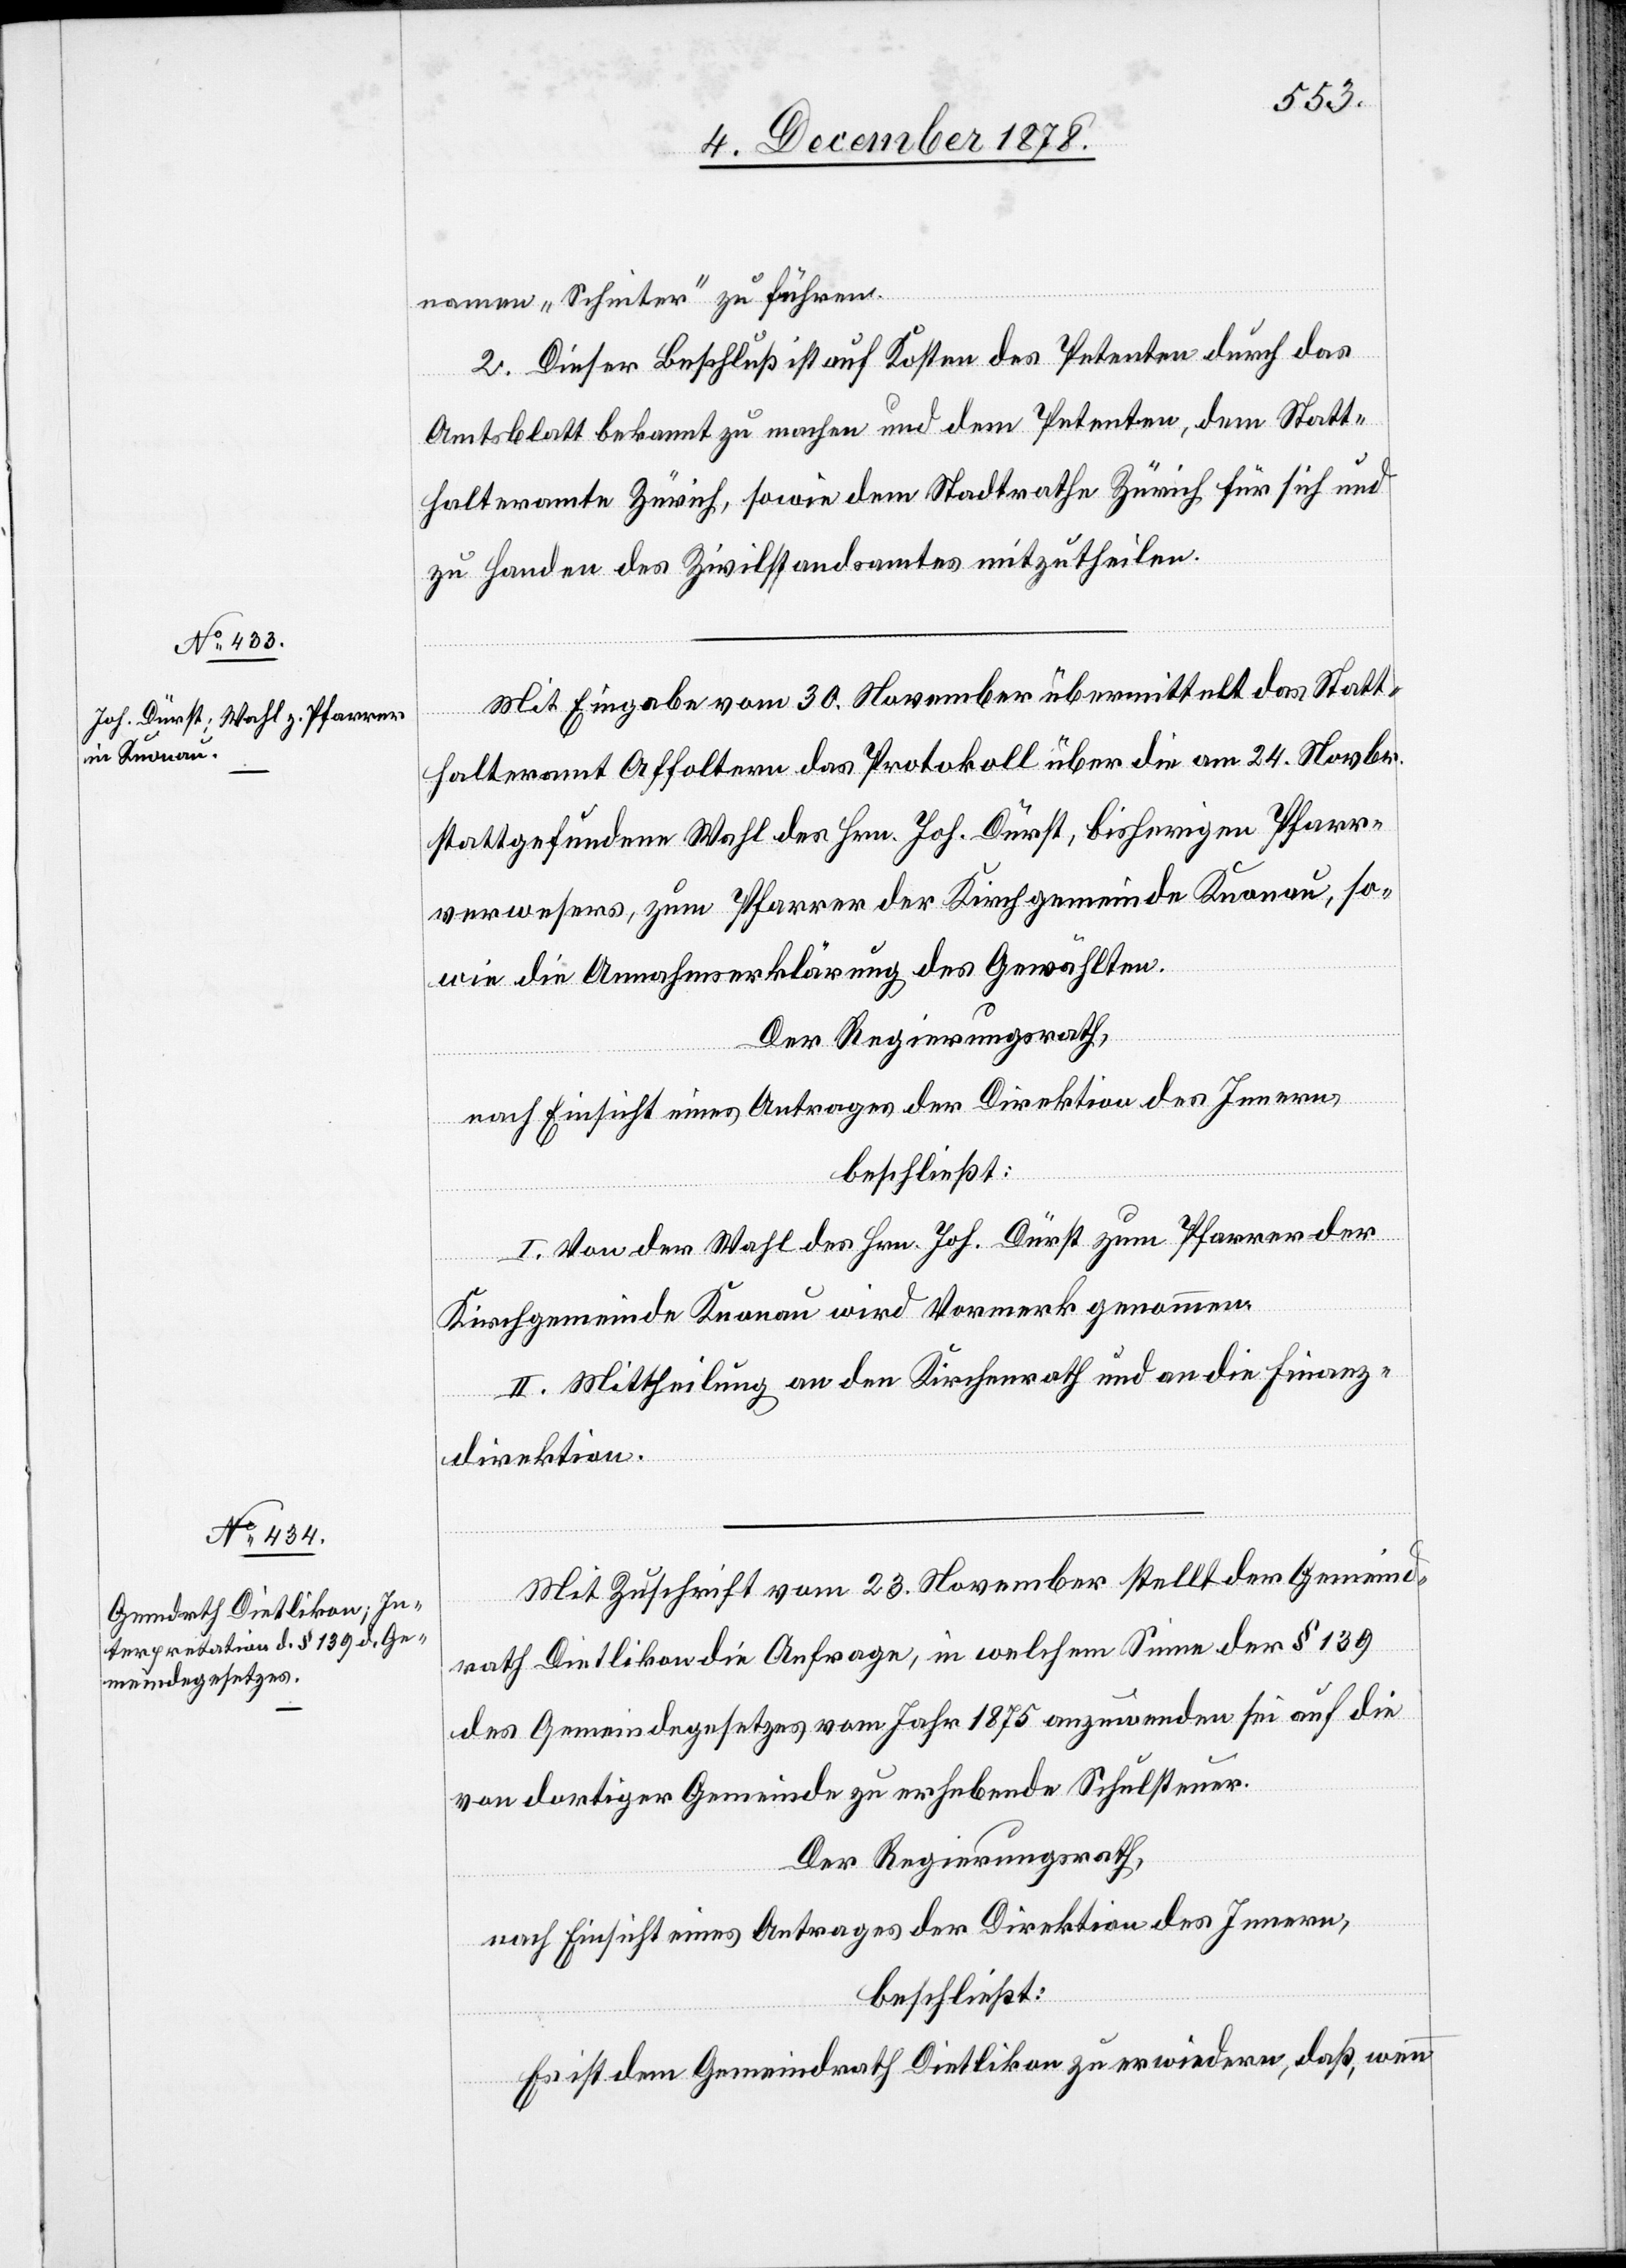
namen „Schneiter“ zu führen.
2. Dieser Beschluß ist auf Kosten des Petenten durch das
Amtsblatt bekannt zu machen und dem Petenten, dem Statt¬
halteramte Zürich, sowie dem Stadtrathe Zürich für sich und
zu Handen des Zivilstandsamtes mitzutheilen.
Mit Eingabe vom 30. November übermittelt das Statt¬
halteramt Affoltern das Protokoll über die am 24. Novbr.
stattgefundene Wahl des Hrn. Joh. Dürst, bisherigen Pfarr¬
verwesers, zum Pfarrer der Kirchgemeinde Knonau, so¬
wie die Annahmserklärung des Gewählten.
Der Regierungsrath,
nach Einsicht eines Antrages der Direktion des Innern,
beschließt:
I. Von der Wahl des Hrn. Joh. Dürst zum Pfarrer der
Kirchgemeinde Knonau wird Vormerk genommen.
II. Mittheilung an den Kirchenrath und an die Finanz¬
direktion.
Mit Zuschrift vom 23. November stellt der Gemeind¬
rath Dietlikon die Anfrage, in welchem Sinne der § 139
des Gemeindegesetzes vom Jahr 1875 anzuwenden sei auf die
von dortiger Gemeinde zu erhebende Schulsteuer.
Der Regierungsrath,
nach Einsicht eines Antrages der Direktion des Innern,
beschließt:
Es ist dem Gemeindrath Dietlikon zu erwiedern, daß, wenn